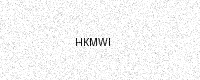
Text: HKMWI